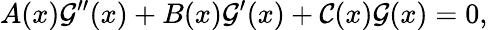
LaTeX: A(x)\mathcal{G}^{\prime\prime}(x)+B(x)\mathcal{G}^{\prime}(x)+\mathcal{C}(x)\mathcal{G}(x)=0,